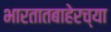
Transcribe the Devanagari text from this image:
भारतातबाहेरच्या